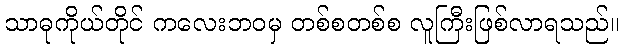
သာဓုကိုယ်တိုင် ကလေးဘဝမှ တစ်စတစ်စ လူကြီးဖြစ်လာရသည်။